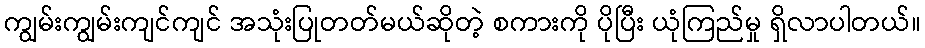
ကျွမ်းကျွမ်းကျင်ကျင် အသုံးပြုတတ်မယ်ဆိုတဲ့ စကားကို ပိုပြီး ယုံကြည်မှု ရှိလာပါတယ်။